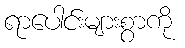
ရာပေါင်းများစွာကို